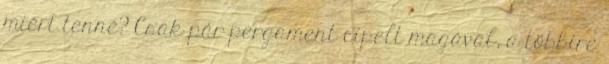
miért tenné? Csak pár pergament cipelt magával, a többire